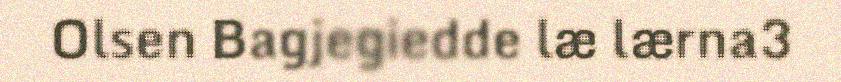
Olsen Bagjegiedde læ lærna3